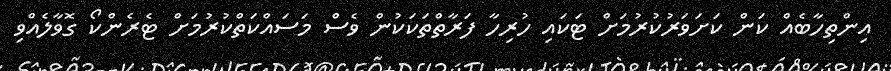
އިންތިހާބެއް ކަން ކަށަވަރުކުރުމަށް ޓަކައި ހުރިހާ ފަރާތްތަކަކުން ވެސް މަސައްކަތްކުރުމަށް ޓެރެންކޯ ގޮވާލެއްވި